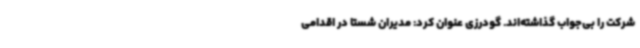
شرکت را بی‌جواب گذاشته‌اند. گودرزی عنوان کرد: مدیران شستا در اقدامی